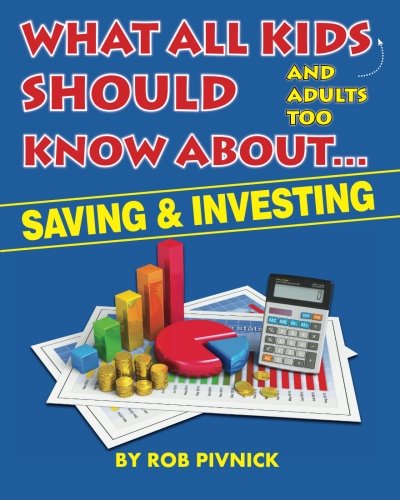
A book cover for What All Kids (and adults too) Should Know About . . . Savings and Investing: Covering saving, budgeting and investing, a must-read for all young ... with fun facts and interesting takeaways.; Rob Pivnick; Education & Teaching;